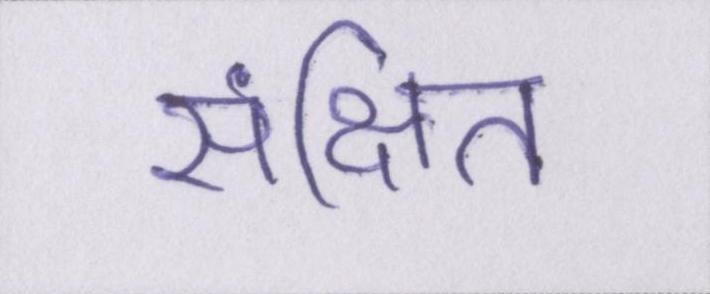
संक्षित